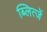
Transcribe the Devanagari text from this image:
ब्लित्जें